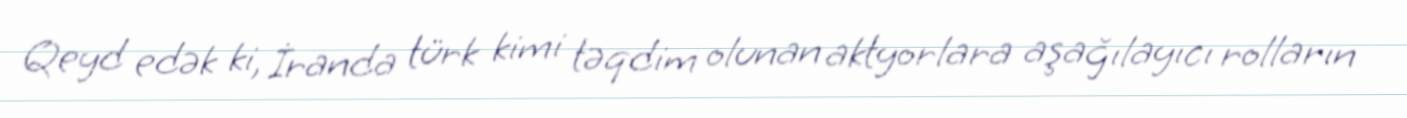
Qeyd edək ki, İranda türk kimi təqdim olunan aktyorlara aşağılayıcı rolların